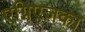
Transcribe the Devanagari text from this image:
एग्निएज़का